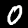
Label: 0